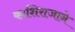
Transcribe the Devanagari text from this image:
काशिराजाने